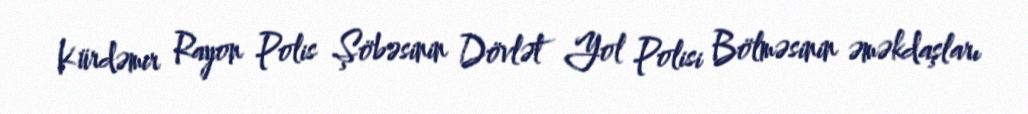
Kürdəmir Rayon Polis Şöbəsinin Dövlət Yol Polisi Bölməsinin əməkdaşları